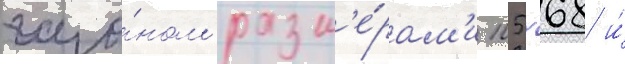
газо́ном разм'е́рам'и 105х68 и́